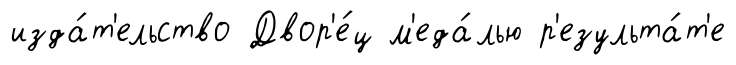
изда́т'ельство Двор'е́ц м'еда́лью р'езульта́т'е